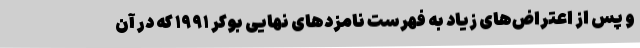
و پس از اعتراض‌های زیاد به فهرست نامزدهای نهایی بوکر ۱۹۹۱ که در آن